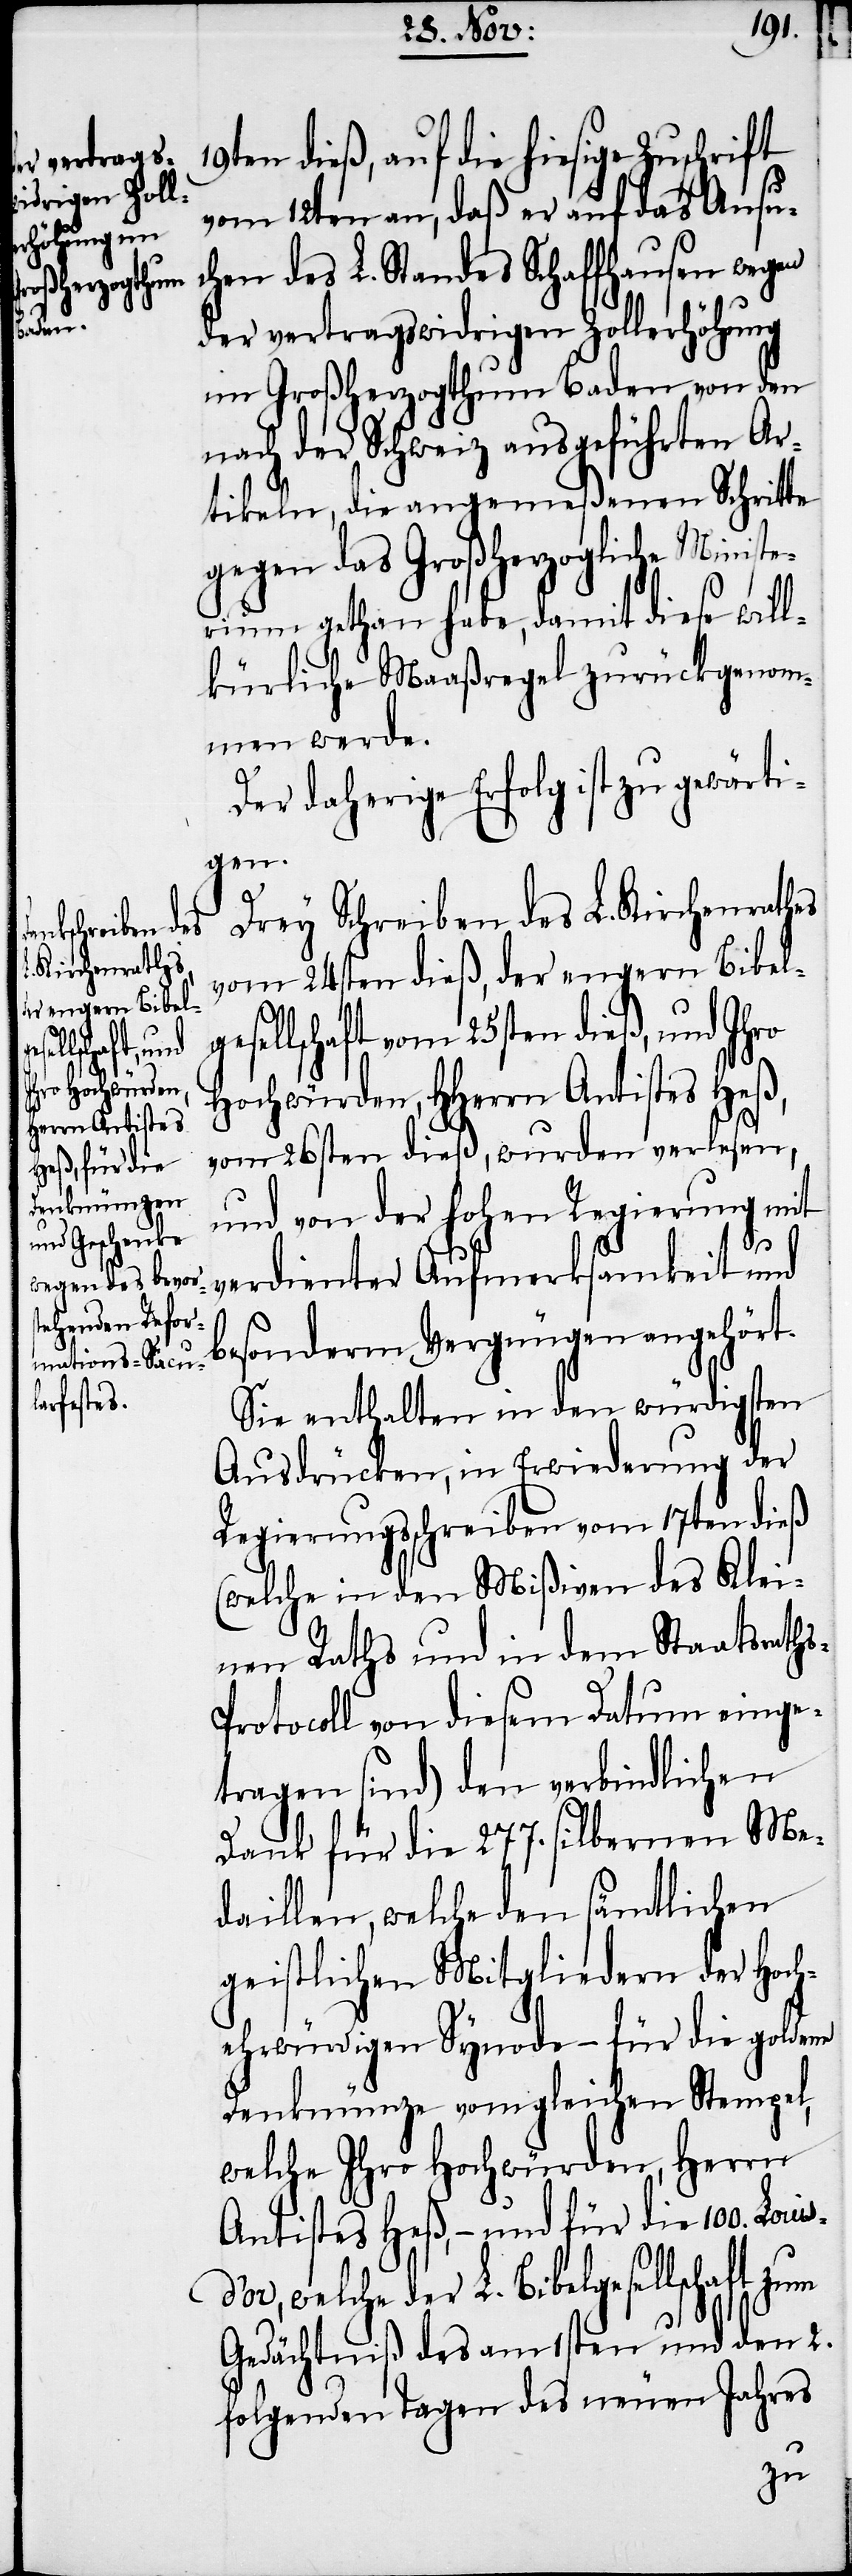
s-P¬

19t¬
en dieß, auf die hiesige Zuschrift
vom 12ten an, daß er auf das Ansu¬
chen des L. Standes Schaffhausen wegen
der vertragswidrigen Zollerhöhung
im Großherzogthum Baden von den
nach der Schweiz ausgeführten Ar¬
tikeln, die angemeßenen Schritte
gegen das Großherzogliche Ministe¬
rium gethan habe, damit diese will¬
kürliche Maaßregel zurückgenom¬
men werde.
Der daherige Erfolg ist zu gewärti¬
gen.
Drey Schreiben des L. Kirchenrathes
vom 24sten dieß, der engern Bibel¬
ellschaft vom 25sten dieß, und Ihro
Hochwürden, HHerrn Antistes Heß,
vom 26sten dieß, wurden verlesen,
und von der hohen Regierung mit
verdienter Aufmerksamkeit und
besonderm Vergnügen angehört.
Sie enthalten in den würdigsten
Ausdrücken, in Erwiederung der
Regierungsschreiben vom 17ten dieß
(welche in den Mißiven des Klei¬
nen Raths und in dem Staatsrath¬
rotocoll von diesem Datum einge¬
tragen sind) den verbindlichen
Dank für die 277. silbernen Me¬
daillen, welche den sämtlichen
geistlichen Mitgliedern der Hoch¬
ehrwürdigen Synode – für die goldene
Denkmünze vom gleichen Stempel,
welche Ihro Hochwürden, Herrn
Antistes Heß, − und für die 100.
welche der L. Bibelgesellschaft zum
Gedächtniß des am 1sten und den 2.
folgenden Tagen des neuen Jahres